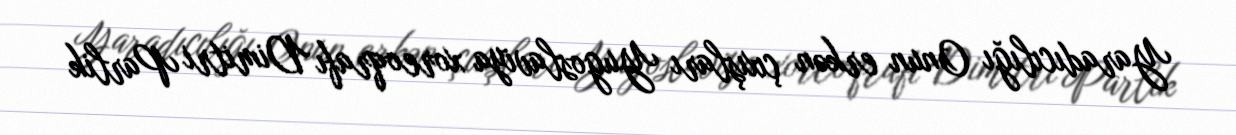
Yaradıcılığı Onun erkən çıxışları Yugoslaviya xoreoqrafı Dimitri Parlik